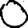
Digit: 0